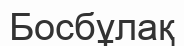
Босбұлақ